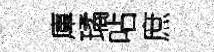
庫璚呫庶